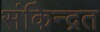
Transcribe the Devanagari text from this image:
संकेिन्द्रत